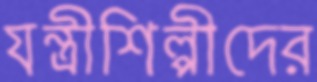
যন্ত্রীশিল্পীদের